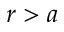
r > a